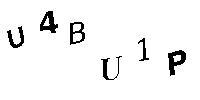
U4BU1P